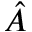
\hat { A }